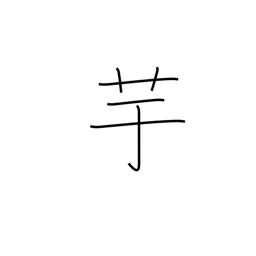
Meaning: potato